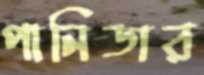
পানিডার